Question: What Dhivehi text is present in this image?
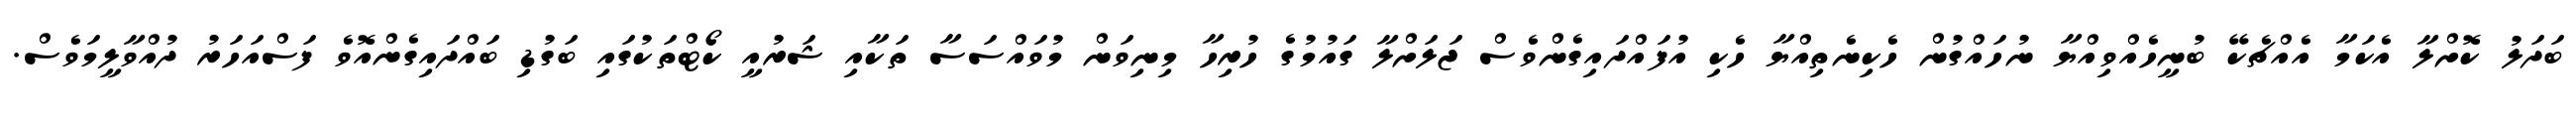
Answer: ބަދަލު ކޮށްލާ އެކަމާ އެއްޗެކޭ ބުނީހެއްވިއްޔާ ނުހައްގުން ހެކިނެތިއްޔާ ހެކި އުފައްދައިގެންވެސް ޖަލަށްލާ ގައުމުގެ ހުރިހާ މިނިވަން މުވައްސަސާ ތަކާއި ޝަރުއީ ކޯޓްތަކުގައި ބަގުޑި ބައްދައިގެންއޮވެ ފަސްއަހަރު ދުއްވާލީމަވެސް.